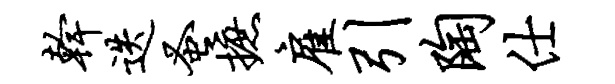
干迭蚤摭雇引陶仕